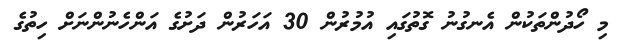
މި ހޯދުންތަކުން އެނގުނު ގޮތުގައި އުމުރުން 30 އަހަރުން ދަށުގެ އަންހެނުންނަށް ހިތުގެ